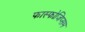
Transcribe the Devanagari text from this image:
फास्फोजिप्सम